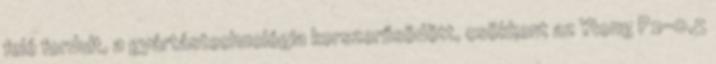
felé fordult, a gyártástechnológia korszerűsödött, csökkent az Ytong P2-0,5